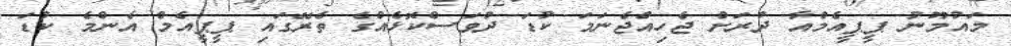
މައުމޫނު ޕީޕީއެމްއާ ދުރަށް ޖެހިއްޖެނަމަ ކުޑަ ދުވަސްކޮޅެއްގެ ތެރޭގައި ޕީޕީއެމް އެންމެ ކުޑަ